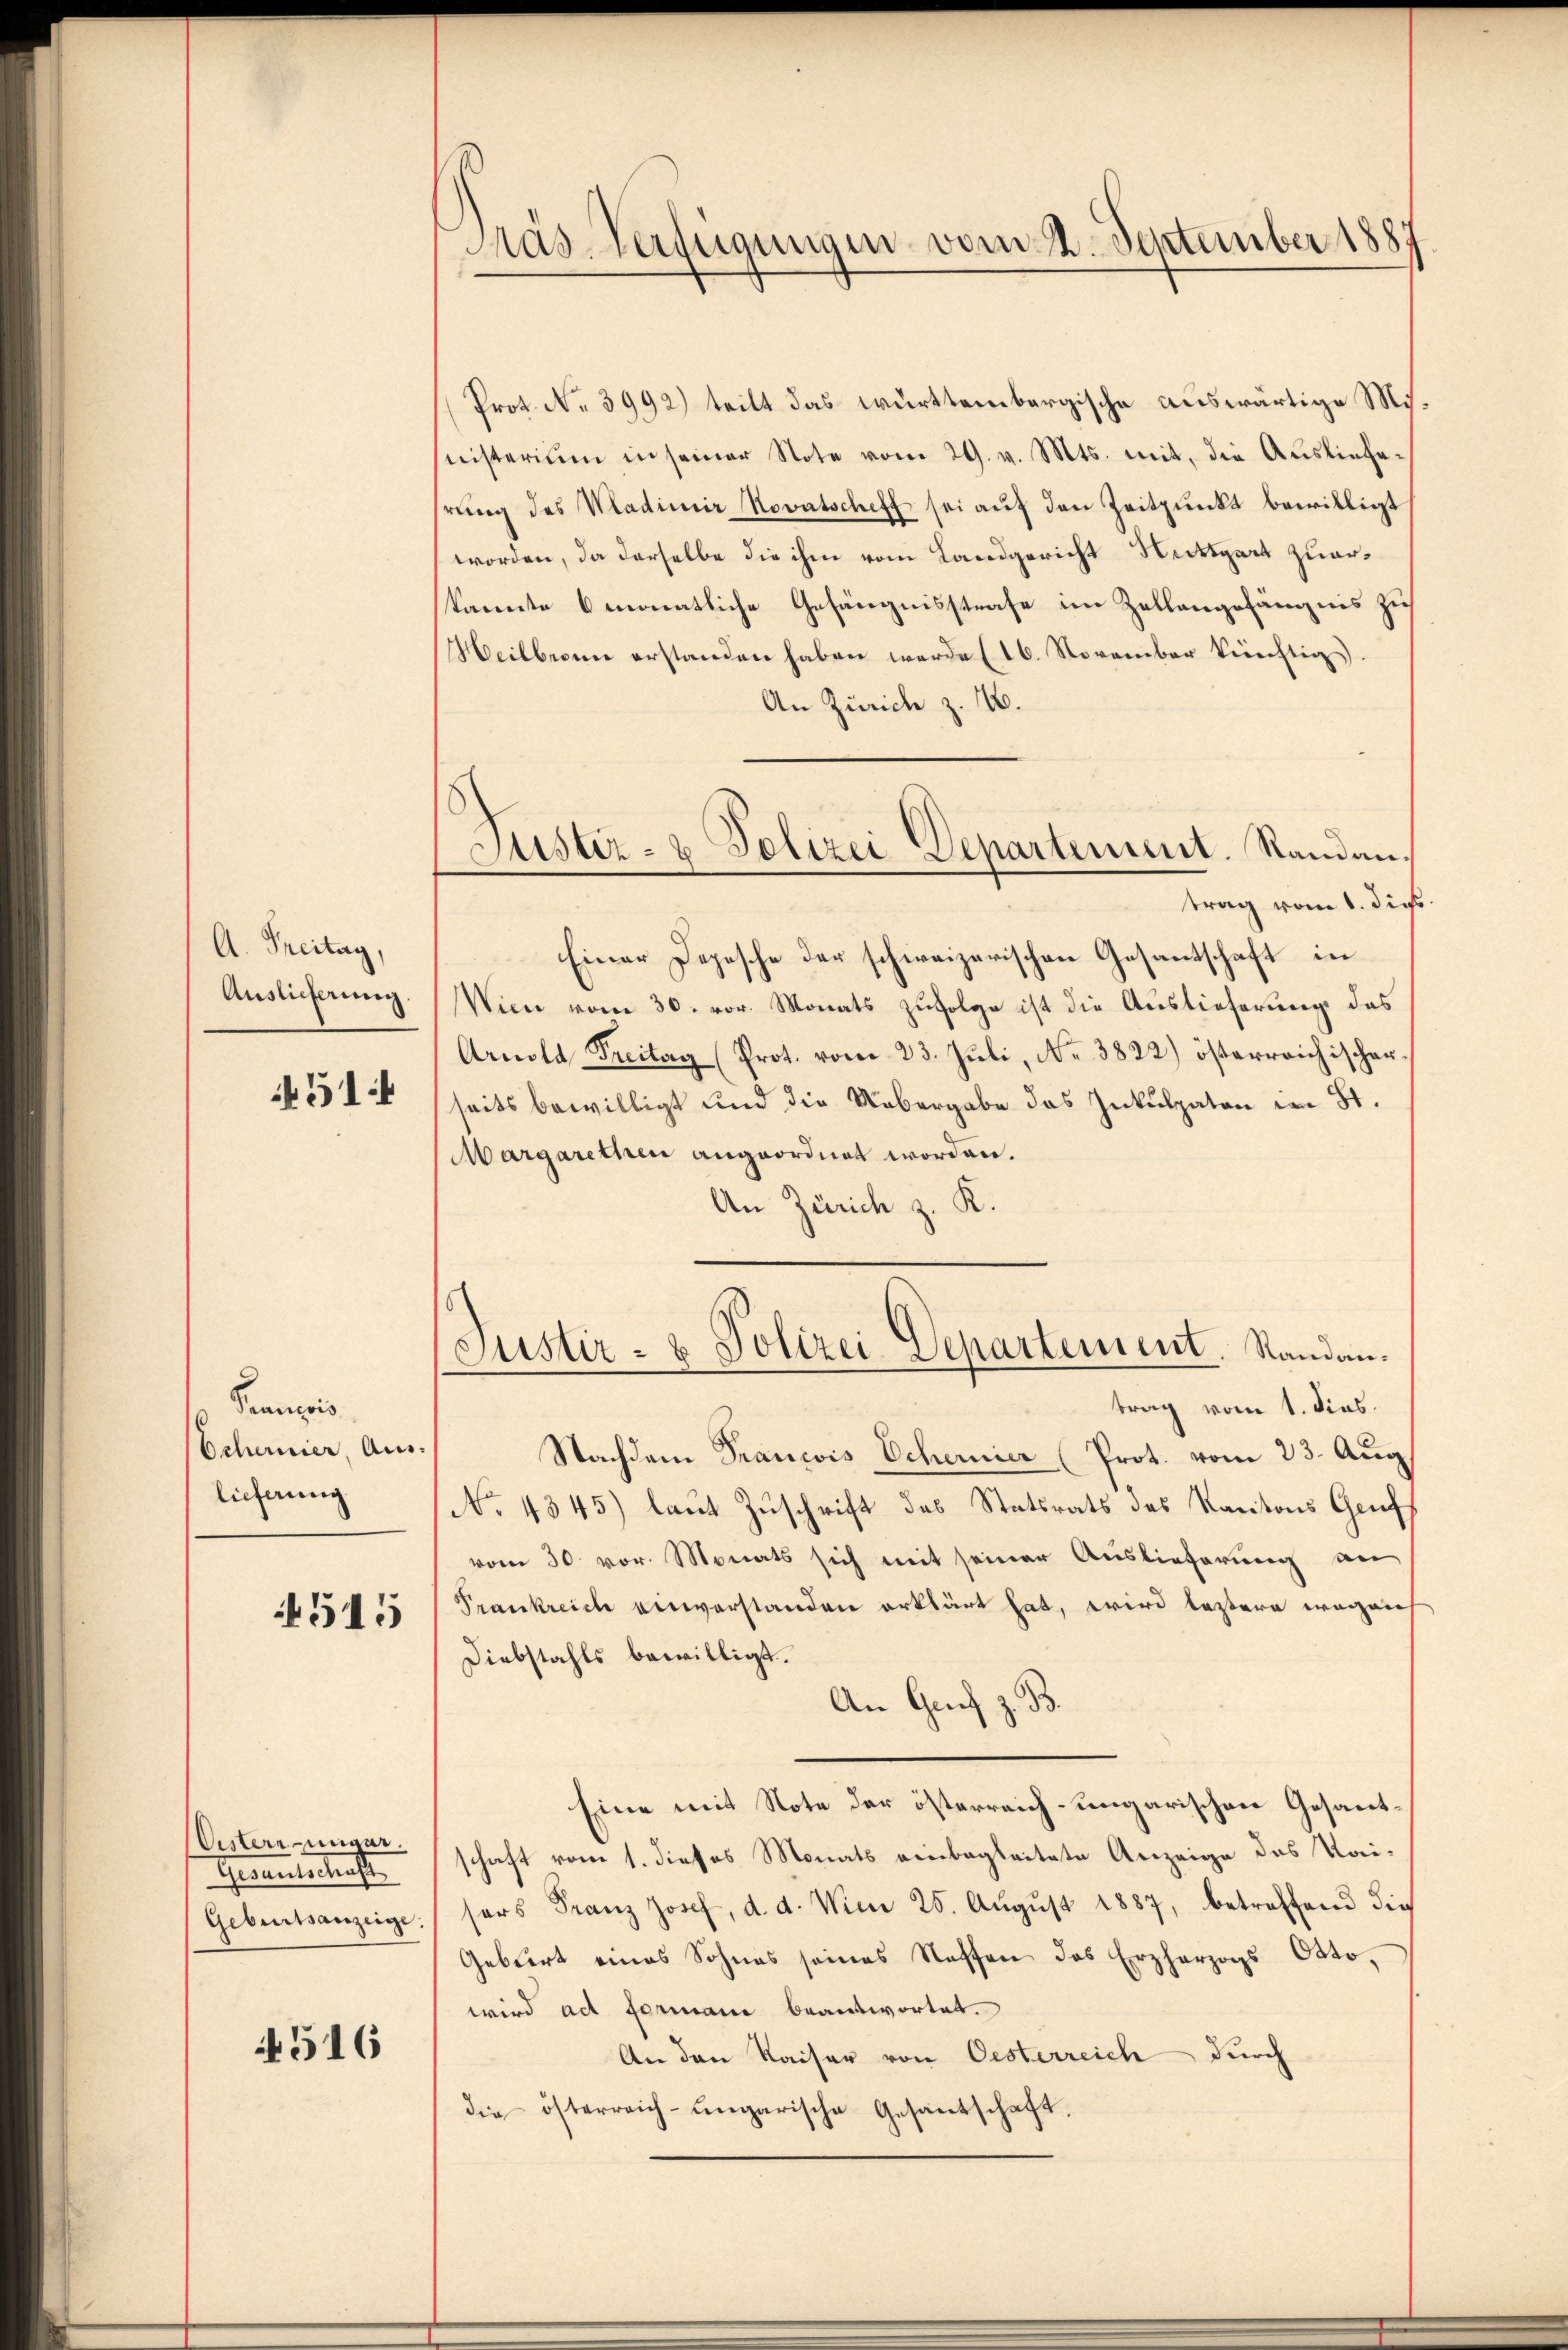
A. Freitag,
Auslieferung.
514

Pranzis
Schemier, Auslieferung

4515

Eisterringer.
Gesantschaft

516

Pras-Verfügungen vom 2. September 1881

Prot. No 3992) teilt das württembergische auswärtige Ministerium in seiner Note vom 29. v. Mts. mit, die Auslieferung des Wladimir Novatscheff sei auf den Zeitpunkt bewilligt
worden, da derselbe die ihm vom Landgericht Nettgart zuerkannte 6 monatliche Gefängnisstrafe im Zellangefängnis zu
Heilbien erstanden haben werde (16. November künftig.
An Zürich z. B.
Einer Depesche der schweizerischen Gesantschaft in
Wien vom 30. vor. Monats zufolge ist die Auslieferung das
Arnold Freitag (Prot. vom 23. Juli, Nr. 3822) österreichischerseits bewilligt und die Uebergabe das Inkulpaton im St.
Margarethen angeordnet worden.
An Zürich z. K.
Justiz- & Polizei Departement. Standau.
trag vom 1. dies
Nachdem Francois Schernier (Prot. vom 23. Aug
No. 4345) laut Zuschrift des Statsrats des Kantons Genf
vom 30. vor. Monats sich mit seiner Auslieferung an
Trankreich einverstanden erklärt hat, wird leztere wegenh
Diebstahls bewilligt.
An Genf z. B.
Eine mit Note der österreich-ungarischen Gesantschaft vom 1. dieses Monats einbegleitete Anzeige des Kai¬
Geburtsanzeige sers Franz Josef, d. d. Wien 25. Aŭgŭst 1887, betreffend die
Gebiert eines Sohnes seines Steffen das Erzherzogs Otto,
wird ad Formani beantwortet.
An den Kaiser von Oesterreich durch
die österreich-ungarische Gesantschaft.

Justiz- & Polizei Departement. Standantrag vom 1. die